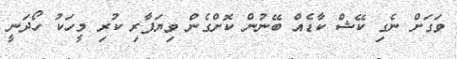
ވަގަށް ނެގި ކޭޝް ކާޑެއް ބޭނުން ކޮށްގެން ވިޔަފާރި ކުރި މީހަކު ހޯދަނީ